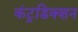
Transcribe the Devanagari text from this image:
कंट्रडिक्शन